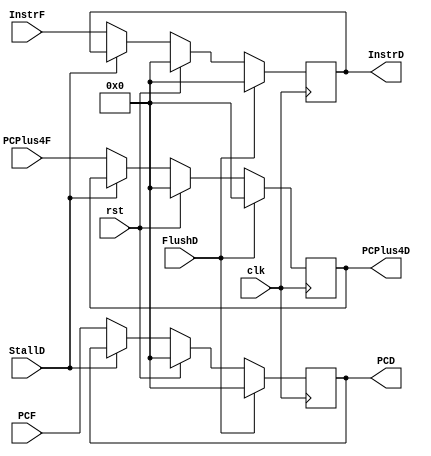
module if_id_reg(
	input  		      clk,rst,
	//control signals from hazard unit
	input  		      StallD,//low enable
	input  		      FlushD,//clear
	//data inputs from fetch stage
	input   [31:0]    InstrF, PCF, PCPlus4F,
	
	//output data signals
	output reg [31:0] InstrD,PCD, PCPlus4D
	
	
);
	always@(posedge clk) begin
		if (FlushD)   {InstrD, PCD, PCPlus4D} <= 0; 
		else if (rst) {InstrD, PCD, PCPlus4D} <= 0; 
		else if (!StallD) {InstrD, PCD, PCPlus4D} <= {InstrF, PCF, PCPlus4F};
	end 
endmodule